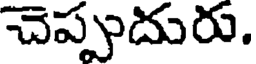
చెప్పుదురు.